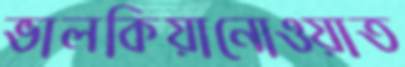
ভালকিয়ানোওয়াত